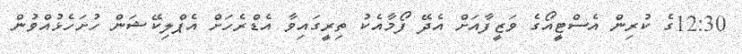
12:30ގެ ކުރިން އެސްޓީއޯގެ ވަޒީފާއަށް އެދޭ ފޯމާއެކު ތިރީގައިވާ އެޑްރެހަށް އެޕްލިކޭޝަން ހުށަހެޅުއްވުން